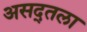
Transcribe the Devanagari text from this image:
असद्तला